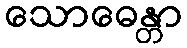
သောဓေန္တာ